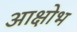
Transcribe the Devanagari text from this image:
आक्षोभ